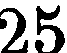
25